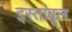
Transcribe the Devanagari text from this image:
इस्तांबूल